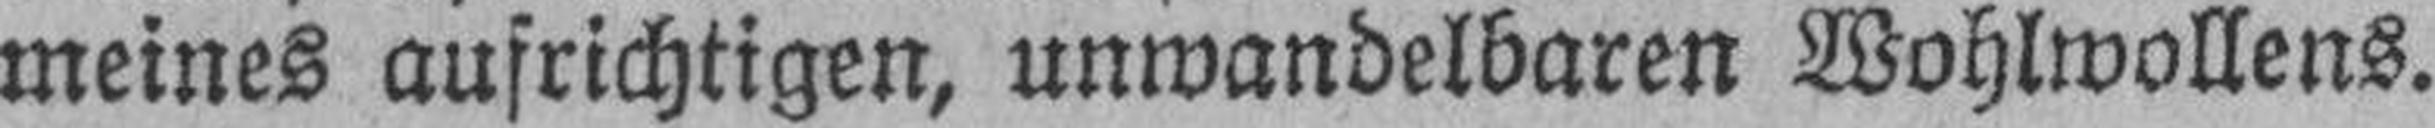
meines aufrichtigen, unwandelbaren Wohlwollens.